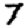
Digit: 7